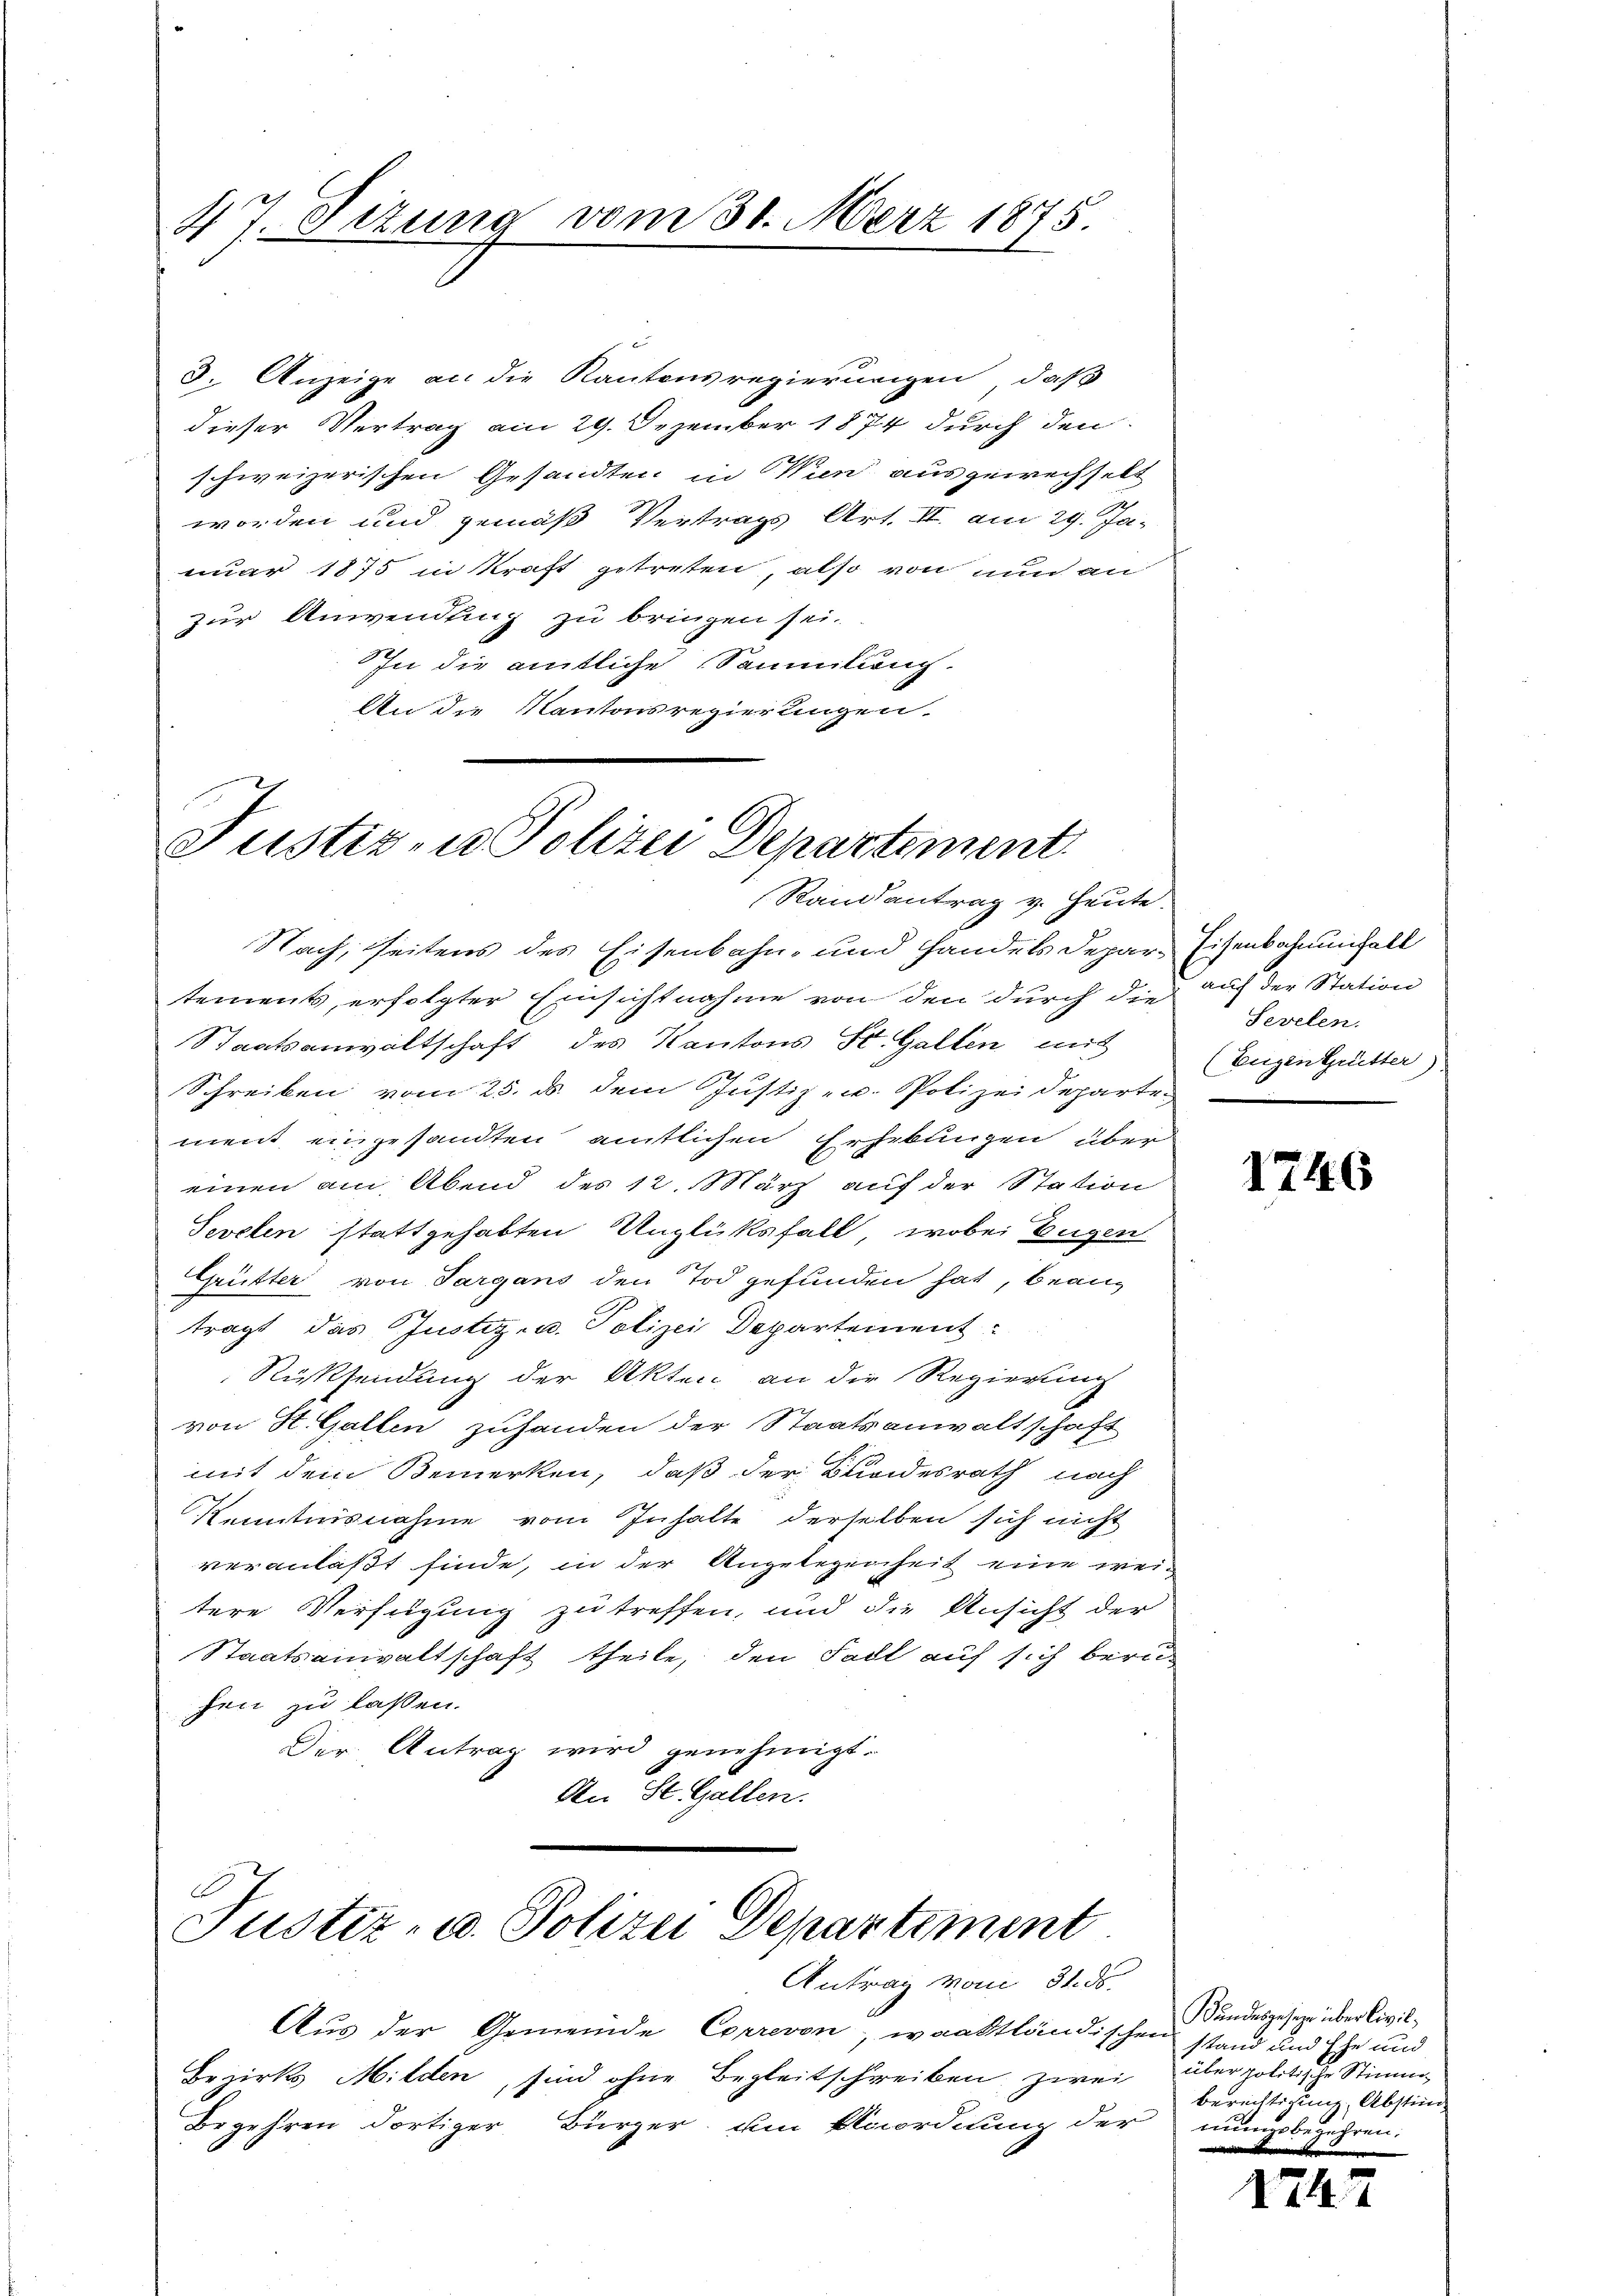
47. Sizung vom 31. März 1875.

J. Anzeige an die Kantonsregierungen, daß
dieser Vertrag am 29. Dezember 1874 durch den
schweizerischen Gesandten in Wien ausgewechselt
worden und gemäß Vertrags Art. II. am 29. Ja-
nuar 1875 in Kraft getreten, also von nun an
zur Anwendung zu bringen sei.
In die amtliche Sammlung.
An die Kantonsregierungen.

Justiz- u Polizei Departement
Randantrag v. Heute.

Nach Zeitens des Eisenbahn- und Handels Depar- Eisenbahnungall
tements, erfolgter Einsichtnahme von den durch die auf der Station
Staatsanwaltschaft des Kantons St. Gallen mit
Schreiben vom 25. d. dem Justiz- u. Polizeideparte-
ment eingesandten amtlichen Erhebungen über
einen am Abend des 12. März auf der Station
Sevelen stattgehabten Unglüksfall, wobei Eugen
Grütter von Sargans den Tod gefunden hat, bean-
tragt, das Justiz- u. Polizei Departement
Rücksendung der Akten an die Regierung
von St. Gallen zuhanden der Staatsanwaltschaft
mit dem Bemerken, daß der Blindesrath nach
Kenntnisnahme vom Inhalte derselben sich nicht
veranlaßt finde, in der Angelegenheit eine weitere Verfügung zu treffen, und die Ansicht der
Staatsanwaltschaft theile, den Fall auf sich beru
hen zu laßen.
Der Antrag wird genehmigt.
An St. Gallen.

B
Justiz- u. Polizei Departement
Antrag vom 31. ds.

Aus der Gemeinde Correvon, waadtländischen stand und Ehe und
Bezirks Milden, sind ohne Begleitschreiben zwei
Begehren dortiger Bürger, um Anordnung der mungsbegehren.

Sevelen.
(Eugen Gitter)

1746

Bundesgeseze über Civilüber politische Stimm¬
Berechtigung, Abstim
e

1247